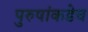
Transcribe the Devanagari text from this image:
पुरुषांकडेच